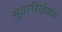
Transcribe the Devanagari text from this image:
सुवर्णरेखेसम